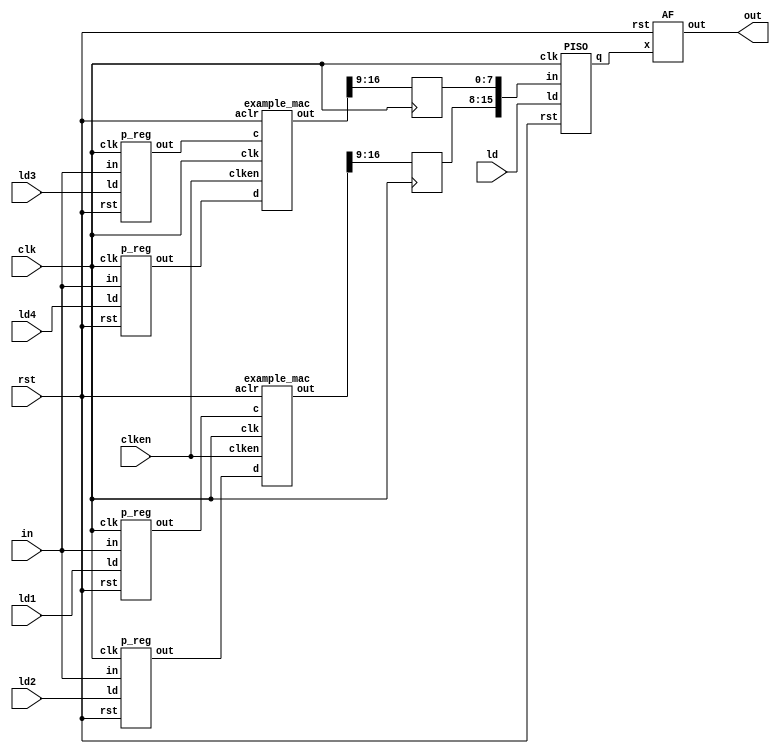
`timescale 1ns / 1ps

module mac(
`ifdef USE_POWER_PINS
    inout vccd1,	// User area 1 1.8V supply
    inout vssd1,	// User area 1 digital ground
`endif


    input [7:0] in,
    input clk,clken,rst,ld,ld1,ld2,ld3,ld4,
    output[15:0] out
    //output [15:0] io_oeb
    );
    
    //assign io_oeb=16'b0;
    reg[7:0] i1,i2,i3,i4;
    wire [7:0] mac1_in1,mac1_in2,mac2_in1,mac2_in2;
    wire [15:0] mid;
    wire [16:0]x1,x2;
    reg [7:0] x3,x4;
    wire [7:0] x5;
    p_reg I1 (ld1,rst,in,mac1_in1,clk);
    p_reg I2 (ld2,rst,in,mac1_in2,clk);
    p_reg I3 (ld3,rst,in,mac2_in1,clk);
    p_reg I4 (ld4,rst,in,mac2_in2,clk);
    example_mac m1(mac1_in1,mac1_in2,clk,rst,clken,x1);
    example_mac m2(mac2_in1,mac2_in2,clk,rst,clken,x2);
    assign mid={x3,x4};
    always@(posedge clk)
    begin
    x3<=x1[16:9];
    x4<=x2[16:9];
    end
    PISO P1(mid,ld,clk,rst,x5);
    AF A1(x5,out,rst);
endmodule


//MAC
module example_mac(
    input [7:0] c,d,
    input clk,aclr,clken,
    output reg [16:0] out
    );
    reg[7:0]a,b;
    reg[15:0]multa_reg;
    wire[15:0]multa;
    wire[16:0]adder_out;
   
    assign multa=a * b;
    assign adder_out=multa_reg + out;
   
    always@(posedge clk or posedge aclr)
    begin
    if(aclr)
    begin
    a<= 8'b0;
    b<= 8'b0;
    multa_reg<= 16'b0;
    out<=17'b0;
    end
    else if(clken)
    begin
    a<=c;
    b<=d;
    multa_reg<=multa;
    out<=adder_out;
    end  
    end
endmodule

//piso

module PISO(in,ld,clk,rst,q);
  input ld,clk,rst;
  input [15:0] in;
  output wire [7:0] q;
  reg [15:0]qq;
  assign q=qq[7:0];
  always @ (posedge clk, posedge rst)
    begin
      if(rst)
         qq<=0;
      else if(ld)
          qq <=in;
      else
        qq <= {8'b0,qq[15:8]};
    end
endmodule

//p_REG
module p_reg(ld,rst,in,out,clk);
  input ld,rst,clk;
  input [7:0] in;
  output wire [7:0] out;
  reg [7:0]qq;
  assign out=qq[7:0];
  always @ (posedge ld or posedge rst)
    begin
      if(rst)
         qq<=0;
      else if(ld)
          qq <=in;
      else
          qq<=qq;
    end
endmodule


//ACTIVATION FUNCTION

module AF(x,out,rst);

    input rst;
    input signed [7:0] x;
    output reg signed [15:0] out;
     
   
   reg signed [7:0] y,z,sum;
   reg signed [15:0] sq,sh;
   
   always@(*)
   begin
   if(x[7]==1'b1)
       y=-x;
   else
       y=x;
   z=y>>>2 ;
     
   sum= z+8'b1111_0000;
     
   sq=sum*sum;

   sh=sq>>>1;

   if(x[7]==1'b1)
       out=sh;
   else if(rst)
       out=16'b0000000000000000;
   else
       out=16'b00000001_00000000-sh;
   end
   
endmodule